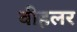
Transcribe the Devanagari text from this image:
वीहलर